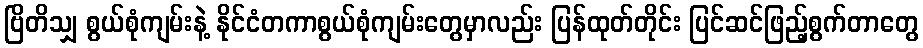
ဗြိတိသျှ စွယ်စုံကျမ်းနဲ့ နိုင်ငံတကာစွယ်စုံကျမ်းတွေမှာလည်း ပြန်ထုတ်တိုင်း ပြင်ဆင်ဖြည့်စွက်တာတွေ